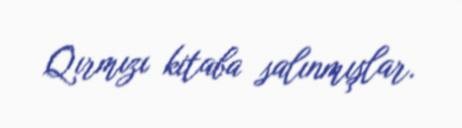
Qırmızı kitaba salınmışlar.